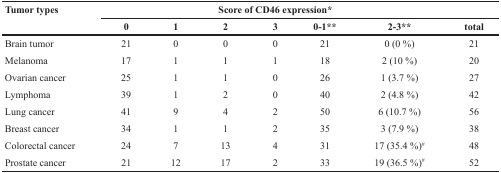
| Tumor types | <COLSPAN=7> Score of CD46 expression* |
 |  | 0 | 1 | 2 | 3 | 0-1** | 2-3** | total |
 | --- | --- | --- | --- | --- | --- | --- | --- |
 | Brain tumor | 21 | 0 | 0 | 0 | 21 | 0 (0 %) | 21 |
 | Melanoma | 17 | 1 | 1 | 1 | 18 | 2 (10 %) | 20 |
 | Ovarian cancer | 25 | 1 | 1 | 0 | 26 | 1 (3.7 %) | 27 |
 | Lymphoma | 39 | 1 | 2 | 0 | 40 | 2 (4.8 %) | 42 |
 | Lung cancer | 41 | 9 | 4 | 2 | 50 | 6 (10.7 %) | 56 |
 | Breast cancer | 34 | 1 | 1 | 2 | 35 | 3 (7.9 %) | 38 |
 | Colorectal cancer | 24 | 7 | 13 | 4 | 31 | 17 (35.4 %)# | 48 |
 | Prostate cancer | 21 | 12 | 17 | 2 | 33 | 19 (36.5 %)# | 52 |